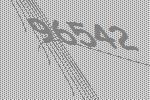
96542